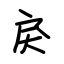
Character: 戾